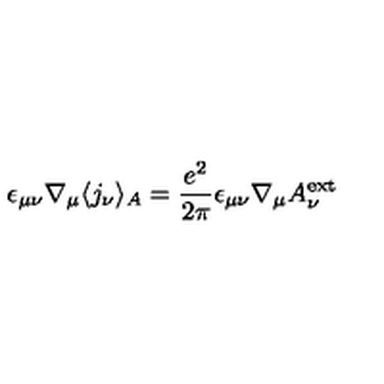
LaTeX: \epsilon _ { \mu \nu } \nabla _ { \mu } \langle j _ { \nu } \rangle _ { A } = \frac { e ^ { 2 } } { 2 \pi } \epsilon _ { \mu \nu } \nabla _ { \mu } A _ { \nu } ^ { \mathrm { e x t } }